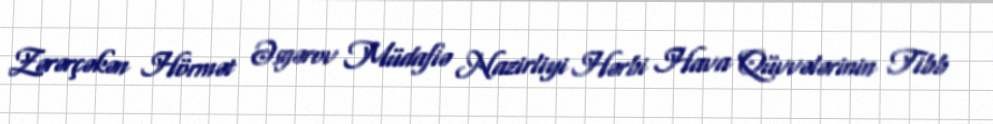
Zərərçəkən Hörmət Əsgərov Müdafiə Nazirliyi Hərbi Hava Qüvvələrinin Tibb